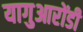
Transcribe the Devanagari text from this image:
यागुआरोंडी